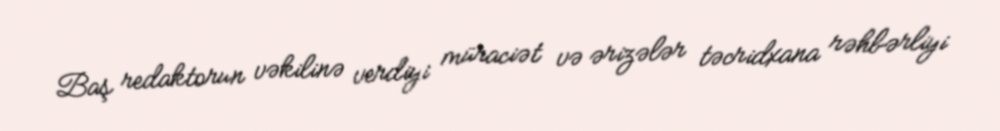
Baş redaktorun vəkilinə verdiyi müraciət və ərizələr təcridxana rəhbərliyi